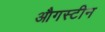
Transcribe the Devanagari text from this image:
औगस्टीन